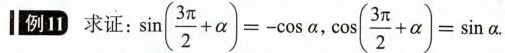
例 11求证： $$\sin ( \frac { 3 π } { 2 } + α ) = - \cos α$$ , $$\cos ( \frac { 3 π } { 2 } + α ) = \sin α$$.